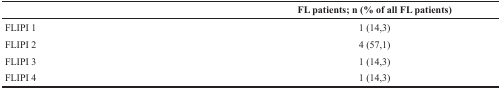
<table><thead><tr><td></td><td><b>FL patients; n (% of all FL patients)</b></td></tr></thead><tbody><tr><td>FLIPI 1</td><td>1 (14,3)</td></tr><tr><td>FLIPI 2</td><td>4 (57,1)</td></tr><tr><td>FLIPI 3</td><td>1 (14,3)</td></tr><tr><td>FLIPI 4</td><td>1 (14,3)</td></tr></tbody></table>